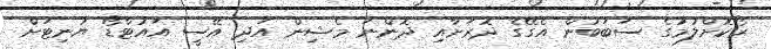
ރޯކޮށްލުމުގެ ސަބަބުން އެގޭގެ ދޮރަށާއި ދޮންނަ މެޝިން އަދި އޭސީ އައުޓްޑޯ ޔުނިޓަށް